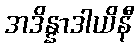
အဒိန္နာဒါယိနီ